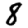
Digit: 8